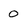
Character: 0